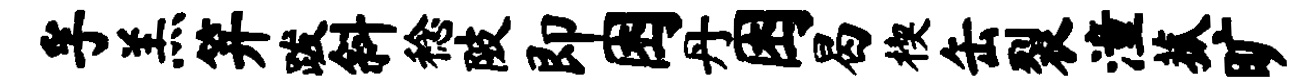
孚羔笄跋斜稔陂即困丹困曷楔缶裂潼菰旷